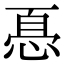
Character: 㥑